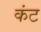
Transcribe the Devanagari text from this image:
कंट